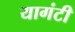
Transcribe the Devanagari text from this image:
यागंटी